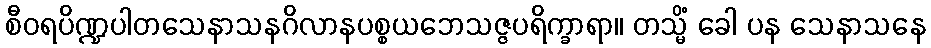
စီဝရပိဏ္ဍပါတသေနာသနဂိလာနပစ္စယဘေသဇ္ဇပရိက္ခာရာ။ တသ္မိံ ခေါ ပန သေနာသနေ